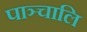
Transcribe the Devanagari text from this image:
पाञ्चालि